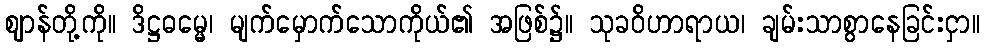
ဈာန်တို့ကို။ ဒိဋ္ဌဓမ္မေ၊ မျက်မှောက်သောကိုယ်၏ အဖြစ်၌။ သုခဝိဟာရာယ၊ ချမ်းသာစွာနေခြင်းငှာ။